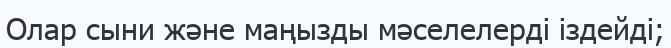
Олар сыни және маңызды мәселелерді іздейді;